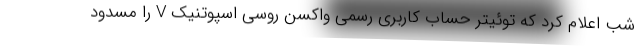
شب اعلام کرد که توئیتر حساب کاربری رسمی واکسن روسی اسپوتنیک V را مسدود